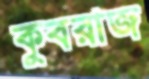
কুবরাজ